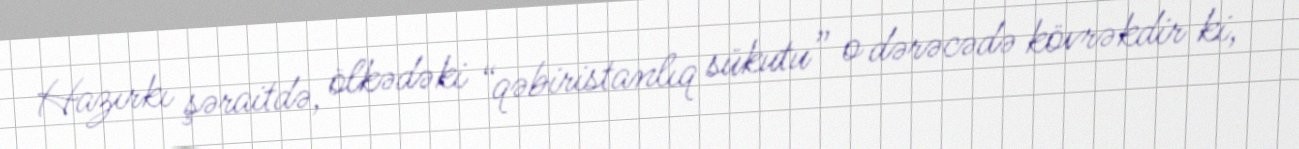
Hazırkı şəraitdə, ölkədəki “qəbiristanlıq sükutu” o dərəcədə kövrəkdir ki,